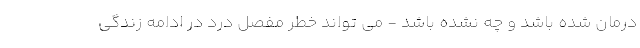
درمان شده باشد و چه نشده باشد - می تواند خطر مفصل درد در ادامه زندگی